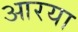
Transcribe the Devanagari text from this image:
आरया